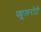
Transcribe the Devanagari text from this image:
फ्यूलरोटे